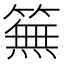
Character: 䉑